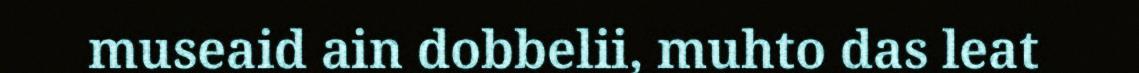
museaid ain dobbelii, muhto das leat